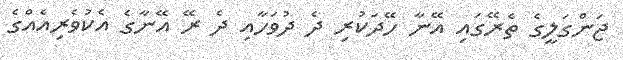
ޖަންގަލީގެ ތެރޭގައި އޭނާ ހޭދަކުރި ދެ ދުވަހާއި ދެ ރޭ އޭނާގެ އެކުވެރިއެއްގެ